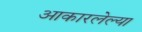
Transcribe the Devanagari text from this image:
आकारलेल्या